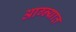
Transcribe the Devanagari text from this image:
आग्न्यात